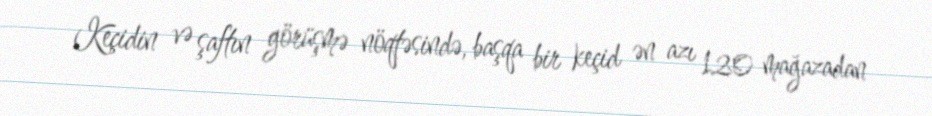
Keçidin və şaftın görüşmə nöqtəsində, başqa bir keçid ən azı 120 mağazadan